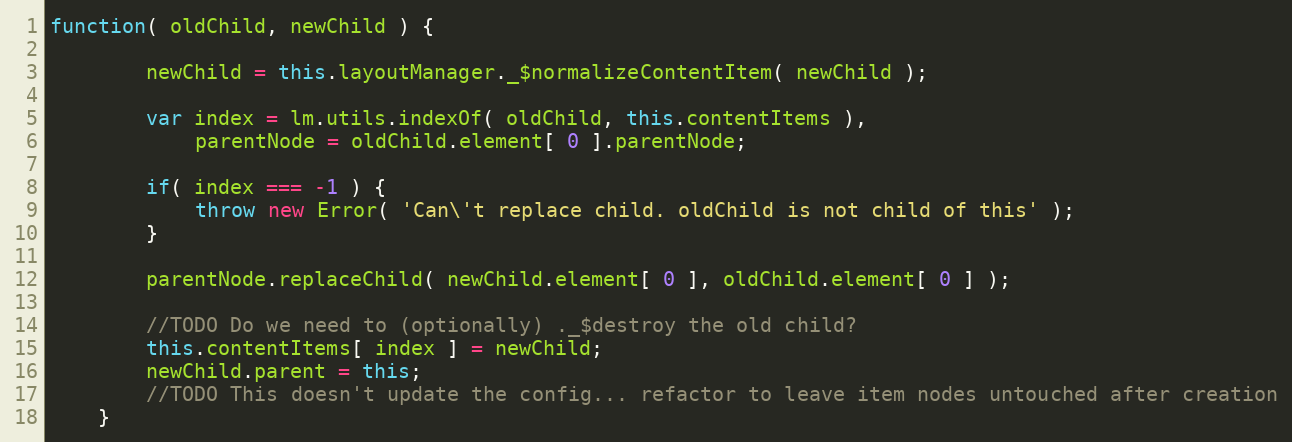
Language: JavaScript
function( oldChild, newChild ) {

		newChild = this.layoutManager._$normalizeContentItem( newChild );

		var index = lm.utils.indexOf( oldChild, this.contentItems ),
			parentNode = oldChild.element[ 0 ].parentNode;

		if( index === -1 ) {
			throw new Error( 'Can\'t replace child. oldChild is not child of this' );
		}

		parentNode.replaceChild( newChild.element[ 0 ], oldChild.element[ 0 ] );

		//TODO Do we need to (optionally) ._$destroy the old child?
		this.contentItems[ index ] = newChild;
		newChild.parent = this;
		//TODO This doesn't update the config... refactor to leave item nodes untouched after creation
	}